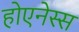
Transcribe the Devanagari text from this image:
होएनेस्स